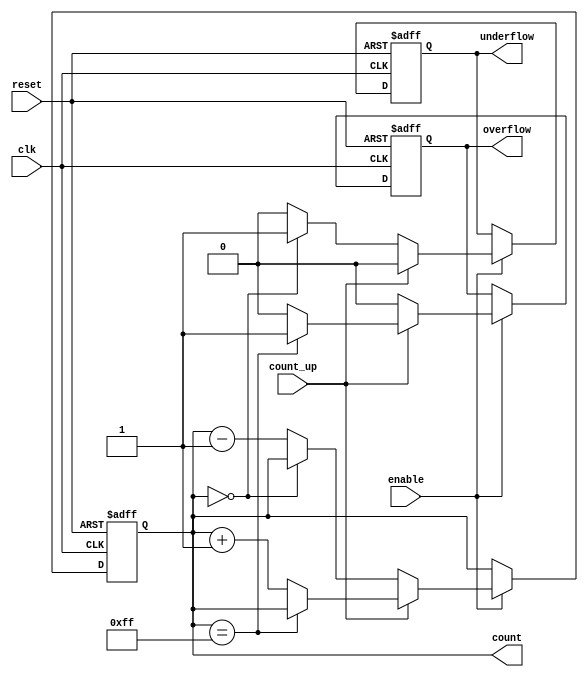
module MemoryBlocksBinaryCounter #(
    parameter BIT_WIDTH = 8 // Configurable bit width, e.g., 4, 8, 16, etc.
) (
    input wire clk,              // Clock signal
    input wire reset,            // Synchronous reset signal
    input wire enable,           // Enable signal
    input wire count_up,         // Count up direction signal
    output reg [BIT_WIDTH-1:0] count, // Current count value
    output reg overflow,         // Overflow flag
    output reg underflow         // Underflow flag
);
    
    // Internal signals to handle counter state
    reg [BIT_WIDTH-1:0] next_count;

    // Counter logic
    always @(posedge clk or posedge reset) begin
        if (reset) begin
            count <= 0; // Reset count to zero
            overflow <= 0; // Clear overflow flag
            underflow <= 0; // Clear underflow flag
        end else if (enable) begin
            // Determine next count based on counting direction
            if (count_up) begin
                if (count == (1'b1 << BIT_WIDTH) - 1) begin // Maximum value
                    next_count = count; // Hold at max
                    overflow = 1; // Set overflow flag
                end else begin
                    next_count = count + 1; // Increment
                    overflow = 0; // Clear overflow flag
                end
                underflow = 0; // Clear underflow flag
            end else begin // count down
                if (count == 0) begin // Minimum value
                    next_count = count; // Hold at min
                    underflow = 1; // Set underflow flag
                end else begin
                    next_count = count - 1; // Decrement
                    underflow = 0; // Clear underflow flag
                end
                overflow = 0; // Clear overflow flag
            end
            count <= next_count; // Update count
        end
    end
endmodule